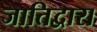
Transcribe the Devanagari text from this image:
जातिद्वारा